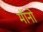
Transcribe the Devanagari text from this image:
मॉनो